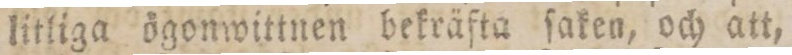
litliga ögonwittnen bekräfta ſaken, och att,